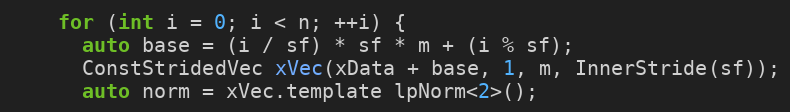
Language: C
    for (int i = 0; i < n; ++i) {
      auto base = (i / sf) * sf * m + (i % sf);
      ConstStridedVec xVec(xData + base, 1, m, InnerStride(sf));
      auto norm = xVec.template lpNorm<2>();